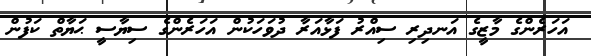
އަހަރެންގެ މާޒީގެ އަނދިރި ސިއްރު ފަޅާއަރާ ދުވަހަކުން އަހަރެންގެ ސިޔާސީ ޙަޔާތް ކަފުން